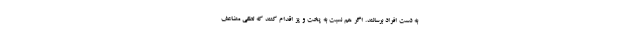
به دست افراد برسانند. اگر هم نسبت به پخت و پز اقدام کنند که لطفی مضاعف